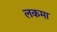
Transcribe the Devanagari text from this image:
लकमा